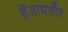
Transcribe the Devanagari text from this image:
हैंआमतौर